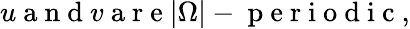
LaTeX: u\mathrm{~a~n~d~}v\mathrm{~a~r~e~}|\Omega|-\mathrm{~p~e~r~i~o~d~i~c~},